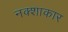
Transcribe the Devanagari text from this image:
नक्शाकार